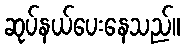
ဆုပ်နယ်ပေးနေသည်။